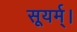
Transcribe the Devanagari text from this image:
सूयर्म्।